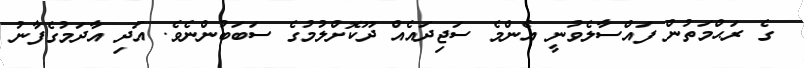
ގެ ރަޙްމަތުން ފައްސާލެވުނީ އެންމެ ސަޖިދައެއް ދޫކޮށްލުމުގެ ސަބަބުންނެވެ. އަދި އާދަމުގެފާނު